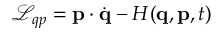
{ \mathcal { L } } _ { q p } = \mathbf { p } \cdot { \dot { \mathbf { q } } } - H ( \mathbf { q } , \mathbf { p } , t )